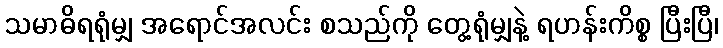
သမာဓိရရုံမျှ အရောင်အလင်း စသည်ကို တွေ့ရုံမျှနဲ့ ရဟန်းကိစ္စ ပြီးပြီ၊